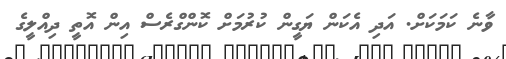
ވާނެ ކަމަކަށް. އަދި އެކަން ޔަގީން ކުރުމަށް ކޮންގްރެސް އިން އޮތީ ދިއްލީގެ